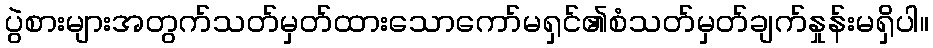
ပွဲစားများအတွက်သတ်မှတ်ထားသောကော်မရှင်၏စံသတ်မှတ်ချက်နှုန်းမရှိပါ။